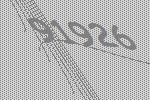
91926